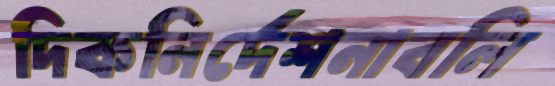
দিকনির্দেশনাবলি